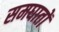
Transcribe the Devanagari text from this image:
समघातों